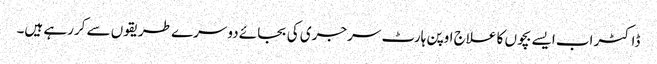
ڈاکٹر اب ایسے بچوں کا علاج اوپن ہارٹ سرجری کی بجائے دوسرے طریقوں سے کررہے ہیں۔